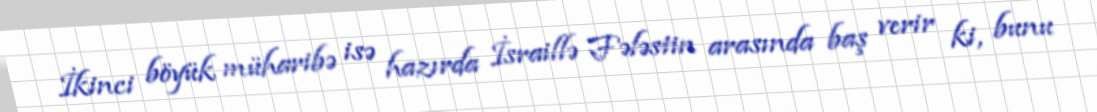
İkinci böyük müharibə isə hazırda İsraillə Fələstin arasında baş verir ki, bunu